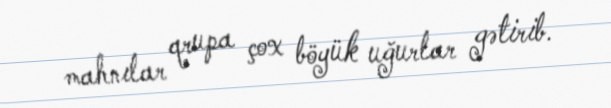
mahnılar qrupa çox böyük uğurlar gətirib.